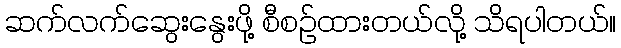
ဆက်လက်ဆွေးနွေးဖို့ စီစဉ်ထားတယ်လို့ သိရပါတယ်။